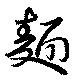
麺